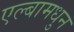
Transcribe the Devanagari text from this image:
एल्बामधुन